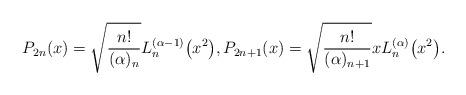
LaTeX: \begin{align*}P_{2n}(x) = \sqrt{\frac{n!}{(\alpha)_n}} L_n^{(\alpha-1)}\big(x^2\big),P_{2n+1}(x) =\sqrt{\frac{n!}{(\alpha)_{n+1}}} x L_n^{(\alpha)}\big(x^2\big). \end{align*}